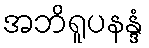
အဘိရူပနန္ဒံ